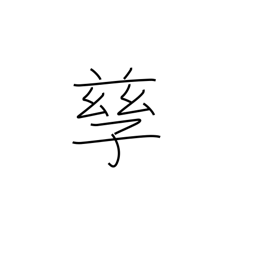
Meaning: bear children